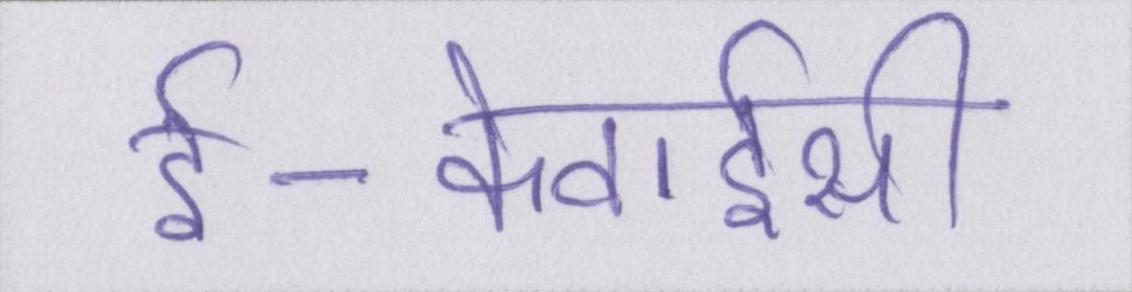
ई-केवाईसी